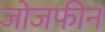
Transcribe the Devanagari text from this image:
जोजफीन